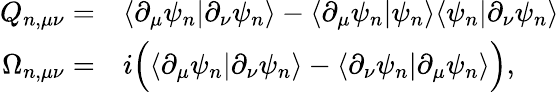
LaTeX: \begin{array}{rl}{Q_{n,\mu\nu}=}&{\langle\partial_{\mu}\psi_{n}|\partial_{\nu}\psi_{n}\rangle-\langle\partial_{\mu}\psi_{n}|\psi_{n}\rangle\langle\psi_{n}|\partial_{\nu}\psi_{n}\rangle}\\ {\Omega_{n,\mu\nu}=}&{i\Big(\langle\partial_{\mu}\psi_{n}|\partial_{\nu}\psi_{n}\rangle-\langle\partial_{\nu}\psi_{n}|\partial_{\mu}\psi_{n}\rangle\Big),}\end{array}